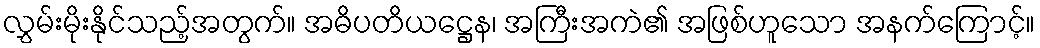
လွှမ်းမိုးနိုင်သည့်အတွက်။ အဓိပတိယဋ္ဌေန၊ အကြီးအကဲ၏ အဖြစ်ဟူသော အနက်ကြောင့်။